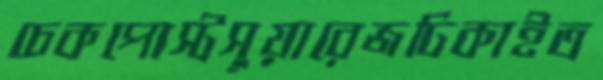
চেকপোস্টসুয়ারেজঢিকাইত